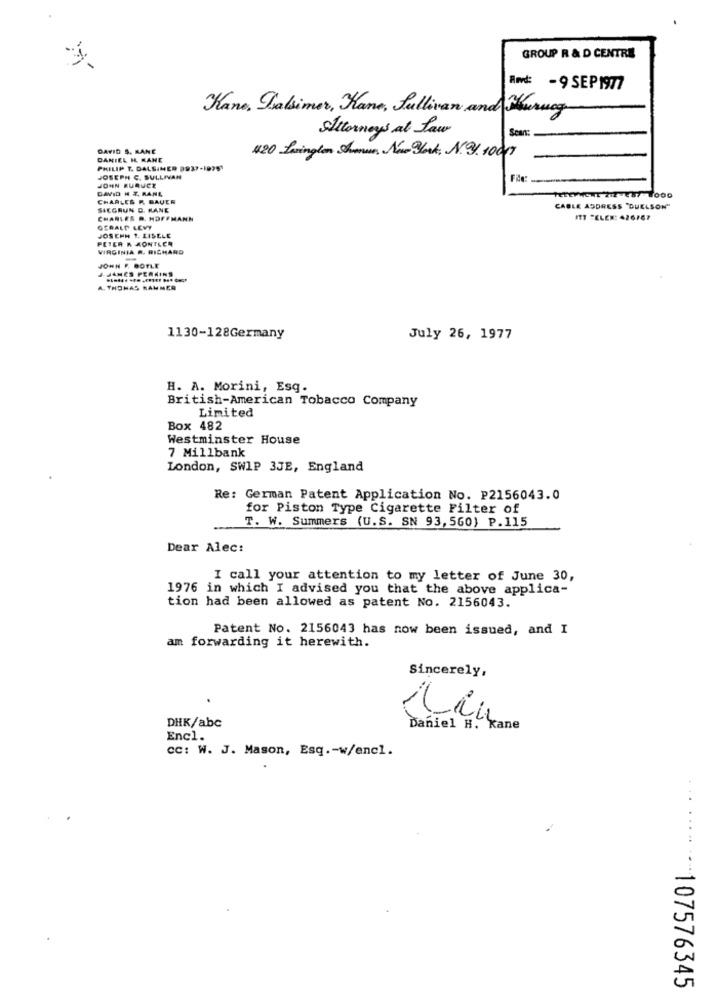
GROUP R & D CENTRE
And -9 SEP1977
Kane, Falsimer, Kane, Sullivan and Kuruog
Attorneys at Law
Scans
DAVID S. KANE
420 Lnington Strenne, New York, N.9. 10017
DANIEL H. RANE
-
-
PHILIP T. DALSIMER 9937-1995
JOSEPH C. SULLIVAN
JOHN RURUCE
DAVID H X. RANL
CHARLES R. BAUER
TELEPHONE 212-487-1000
SIEGRUN D. KANE
CABLE ADDRESS "DUELSON"
CHARLES D. HOFFMANN
ITT TELEN: 426767
GERALT LEVY
PETER K KONTLER
JOSEPH 1. LISELE
VIRGINIA A. RICHARD
JOHN F. DOTLE
JAMES PERKINS
A. THOMAS MANNER
1130-128Germany
July 26, 1977
H. A. Morini, Esq.
British-American Tobacco Company
Limited
Box 482
Westminster House
7 Millbank
London, SWIP 3JE, England
Re: German Patent Application No. P2156043.0
for Piston Type Cigarette Filter of
T. W. Summers (U.S. SN 93,560) P.115
Dear Alec:
I call your attention to my letter of June 30,
1976 in which I advised you that the above applica-
tion had been allowed as patent No. 2156043.
Patent No. 2156043 has now been issued, and I
am forwarding it herewith.
Sincerely,
DHK/abc
Daniel H. Kane
Encl.
CC: W. J. Mason, Esq .- w/encl.
*******-- 107576345